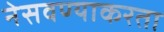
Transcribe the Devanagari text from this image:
नेसवण्याकरता